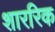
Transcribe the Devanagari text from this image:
शाररिक